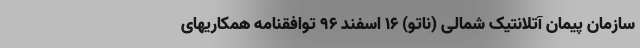
سازمان پیمان آتلانتیک شمالی (ناتو) ۱۶ اسفند ۹۶ توافقنامه همکاریهای